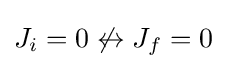
J_{i}=0\not \leftrightarrow J_{f}=0